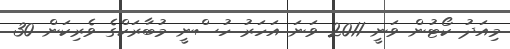
މިއަދު ކޯޓުން ވަނީ 2011 ވަނަ އަހަރު ހުސްނީ މުބާރަކްގެ ވެރިކަން 30